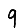
Digit: 9